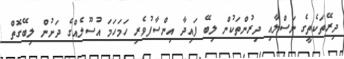
ދިރޭތަކެތީގެ ނަސްލާއި ދިރުންތަކުން ލިބޭ ފައިދާ އިންސާފުވެރި ހަމަހަމަ އުސޫލެއްގެ ދަށުން ލިބޭގޮތް